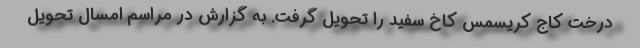
درخت کاج کریسمس کاخ سفید را تحویل گرفت. به گزارش در مراسم امسال تحویل